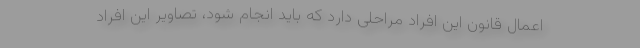
اعمال قانون این افراد مراحلی دارد که باید انجام شود، تصاویر این افراد